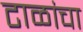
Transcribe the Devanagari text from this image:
टाळांचा